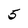
Character: 5